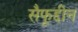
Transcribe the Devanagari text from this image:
सैफूद्दीन